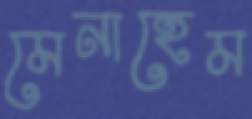
মেনাহেম